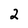
Character: 2